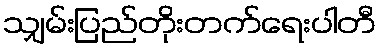
သျှမ်းပြည်တိုးတက်ရေးပါတီ